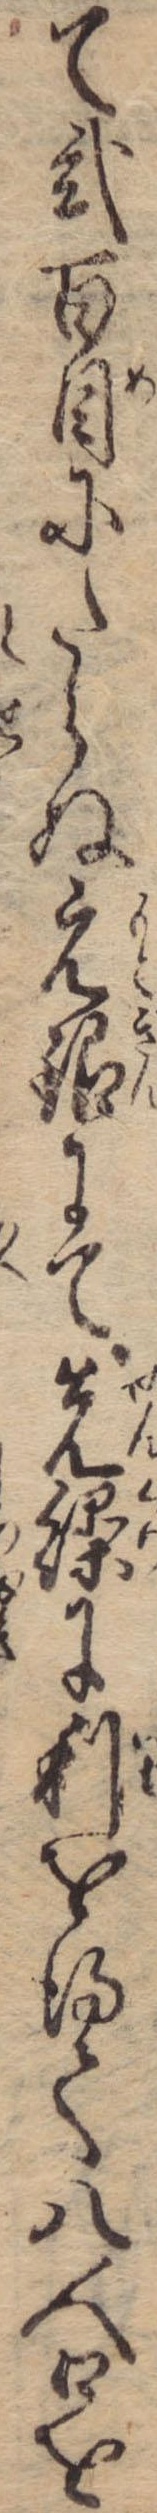
て弐百目にたらぬ元銀にて先繰に利を得て八人口を